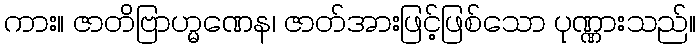
ကား။ ဇာတိဗြာဟ္မဏေန၊ ဇာတ်အားဖြင့်ဖြစ်သော ပုဏ္ဏားသည်။